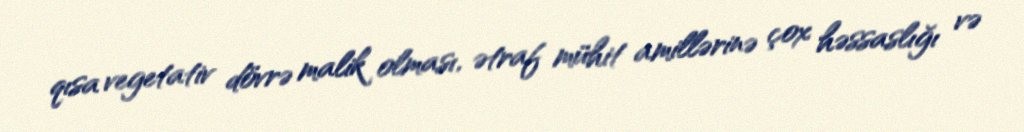
qısa vegetativ dövrə malik olması, ətraf mühit amillərinə çox həssaslığı və